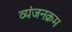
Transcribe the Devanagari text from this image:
व्यंजनक्रम